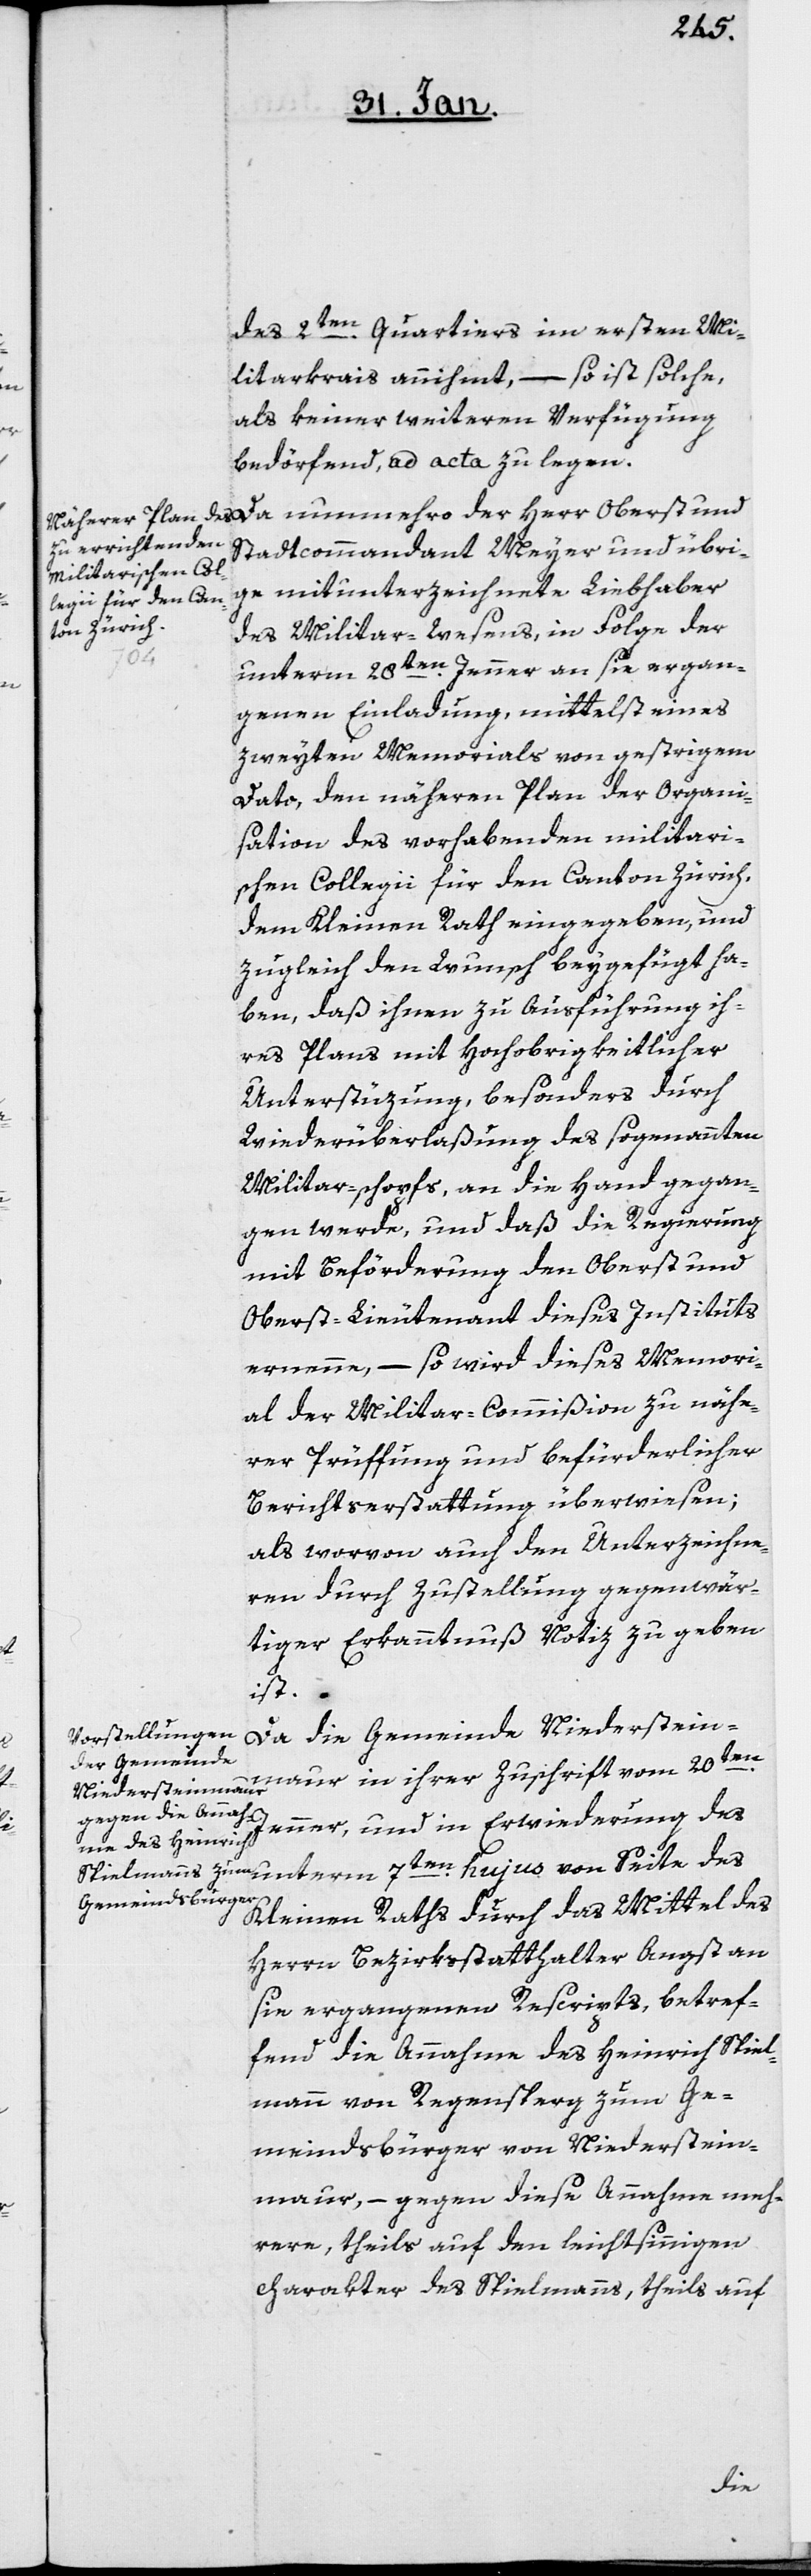
des 2ten. Quartiers im ersten Mi¬
litarkrais annihmt, – so ist solche,
als keiner weiteren Verfügung
bedörfend, ad acta zu legen.
Stadtcommandant Meyer und übri¬
ge mitunterzeichnete Liebhaber
des Militar-Wesens, in Folge der
unterm 28ten. Jenner an sie ergan¬
genen Einladung, mittelst eines
zweyten Memorials von gestrigem
Dato, den näheren Plan der Organi¬
sation des vorhabenden militari¬
schen Collegii für den Canton Zürich,
dem Kleinen Rath eingegeben, und
zugleich den Wunsch beygefügt ha¬
ben, daß ihnen zu Ausführung ih¬
res Plans mit Hochobrigkeitlicher
Unterstüzung, besonders durch
Wiederüberlaßung des sogenannten
Militar-schopfs, an die Hand gegan¬
gen werde, und daß die Regierung
mit Beförderung den Oberst und
Oberst-Lieutenant dieses Instituts
ernenne, – so wird dieses Memori¬
al der Militar-Commißion zu nähe¬
rer Prüffung und befürderlicher
Berichtserstattung überwiesen;
als worvon auch den Unterzeichne¬
ren durch Zustellung gegenwär¬
tiger Erkanntnuß Notiz zu geben
ist.
die Gemeinde
Niedersteinmaur in ihrer Zuschrift vom 20ten.
Jenner, und in Erwiderung des
unterm 7ten. hujus von Seite des
Kleinen Raths durch das Mittel des
Herrn Bezirksstatthalter Angst an
sie ergangenen Rescripts, betref¬
fend die Annahme des Heinrich Spiel¬
mann von Regensperg zum Ge¬
meindsbürger von Niederstein¬
maur, – gegen diese Annahme meh¬
rere, theils auf den leichtsinnigen
Charakter des Spielmanns, theils auf